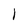
Character: l